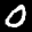
Label: 0